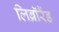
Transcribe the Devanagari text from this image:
लिब्रॉरैंड